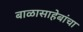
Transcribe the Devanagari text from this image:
बाळासाहेबांचा